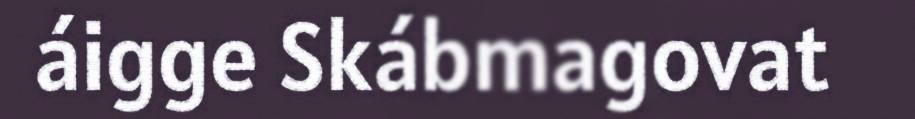
áigge Skábmagovat